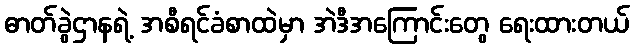
ဓာတ်ခွဲဌာနရဲ့ အစီရင်ခံစာထဲမှာ အဲဒီအကြောင်းတွေ ရေးထားတယ်